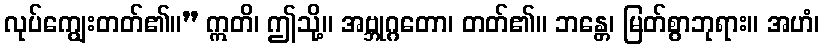
လုပ်ကျွေးတတ်၏။” ဣတိ၊ ဤသို့။ အဗ္ဘုဂ္ဂတော၊ တတ်၏။ ဘန္တေ၊ မြတ်စွာဘုရား။ အဟံ၊